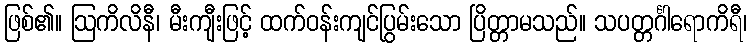
ဖြစ်၏။ ဩကိလိနီ၊ မီးကျီးဖြင့် ထက်ဝန်းကျင်ပြွမ်းသော ပြိတ္တာမသည်။ သပတ္တင်္ဂါရောကိရီ၊